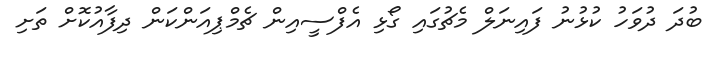
ބުދަ ދުވަހު ކުޅުނު ފައިނަލް މެޗުގައި ގޯޅި އެފްސީއިން ޗެމްޕިއަންކަން ދިފާއުކޮށް ތަށި